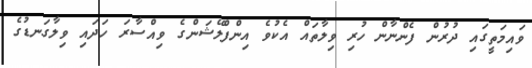
ވައިމަތީގައި ދުރުން ފެންނާން ހުރި ވިލާތައް އެކުވެ އިންފްލޭޝަންގެ ވިއްސާރަ ހަދައި ވިލާގަނޑުގެ